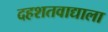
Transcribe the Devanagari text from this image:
दहशतवाद्याला